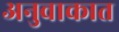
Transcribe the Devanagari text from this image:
अनुवाकात